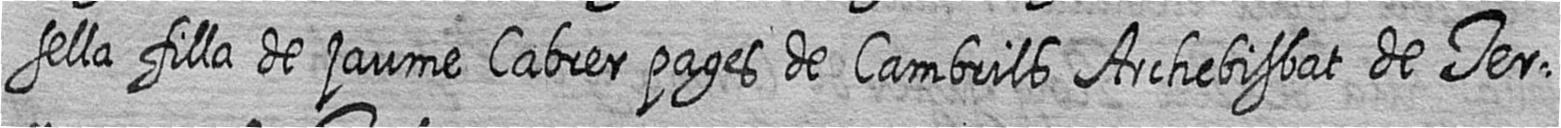
sella filla de jaume Cabrer pages de Cambrils Archebisbat de Ter=